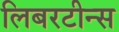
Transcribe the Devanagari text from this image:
लिबरटीन्स